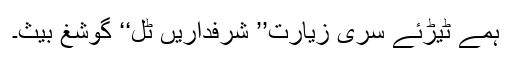
ہمے ٹیڑئے سری زیارت’’ شرفداریں ٹُل‘‘ گوشغ بیث۔